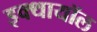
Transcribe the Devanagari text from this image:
इक्थायॉल